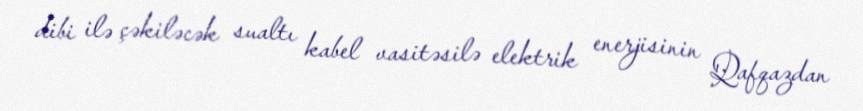
dibi ilə çəkiləcək sualtı kabel vasitəsilə elektrik enerjisinin Qafqazdan